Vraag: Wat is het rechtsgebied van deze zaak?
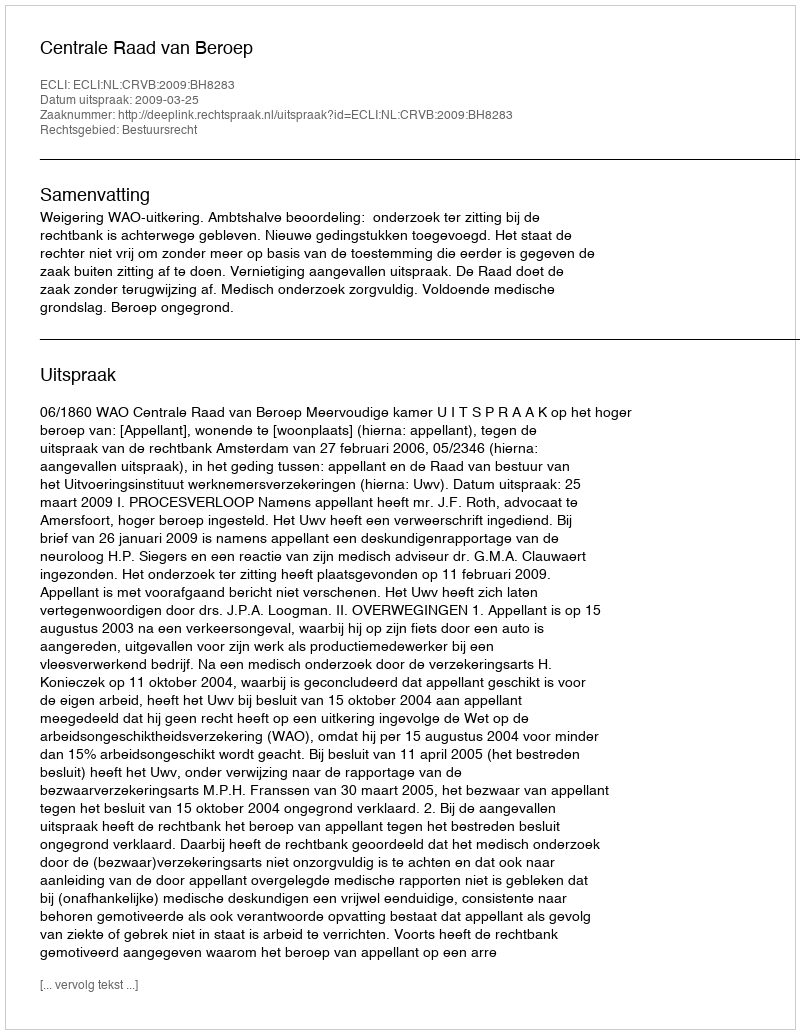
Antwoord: Bestuursrecht